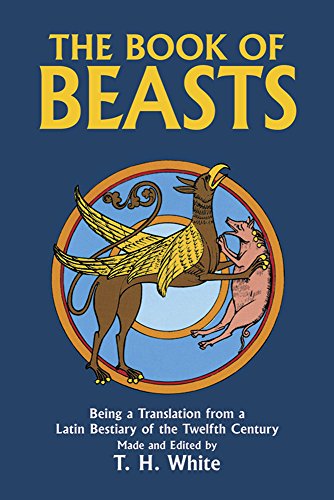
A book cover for The Book of Beasts : Being a Translation from a Latin Bestiary of the Twelfth Century; Terence Hanbury White; Literature & Fiction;